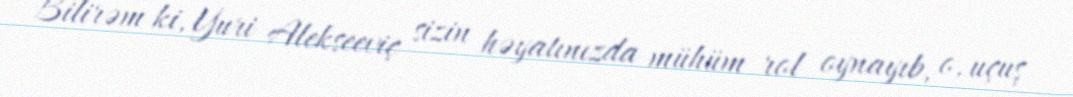
Bilirəm ki, Yuri Alekseeviç sizin həyatınızda mühüm rol oynayıb, o, uçuş